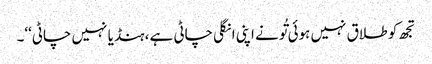
تجھ کو طلاق نہیں ہوئی تُونے اپنی انگلی چاٹی ہے، ہنڈیا نہیں چاٹی‘‘۔